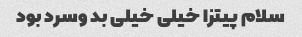
سلام پیتزا خیلی خیلی بد وسرد بود